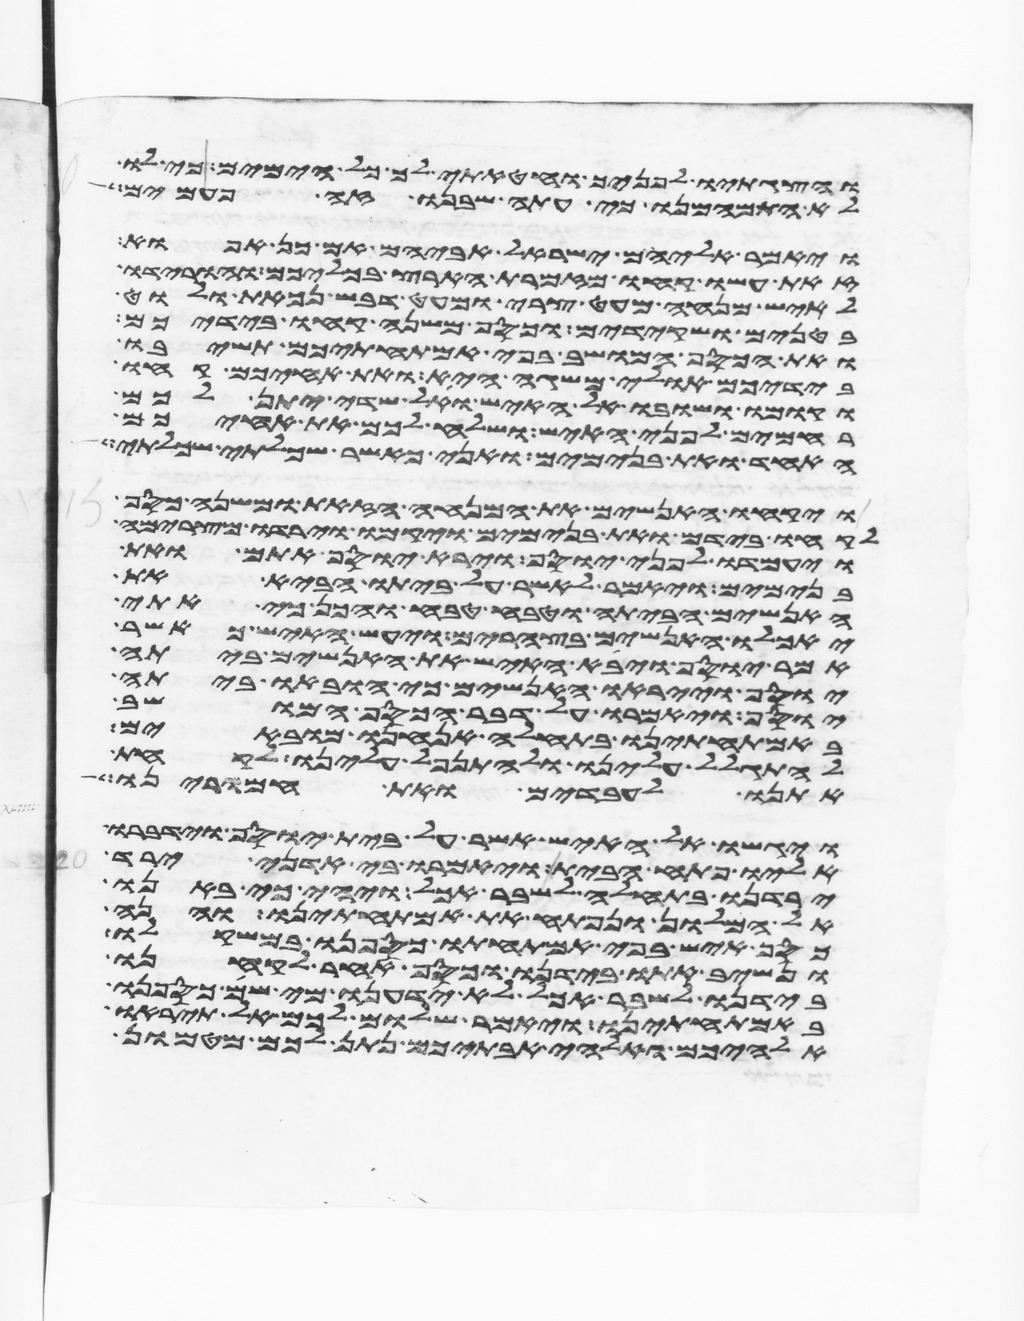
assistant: והצגתיו לפניך וחטאתי לך כל הימים כי לו
לא התמהמנו כי עתה שבנו זה פעמים
ויאמר אליהם ישראל אביהם אם כן אפוא
זאת עשו קחו מזמרת הארץ בכליכם והורידו
לאיש מנחה מעט צרי ומעט דבש נכאת ולוט
בטנים ושקידים וכסף משנה קחו בידכם
ואת הכסף המושב בפי אמתחתיכם תשיבו
בידיכם אולי משגה היא ואת אחיכם קחו
וקומו ושובו אל האיש ואל שדי יתן לכם
רחמים לפני האיש ושלח לכם את אחיכם
האחד ואת בנימים ואני כאשר שכלתי שכלתי
ויקחו האנשים את המנחה הזאת ומשנה כסף
לקחו בידם ואת בנימים ויקמו וירדו מצרימה
ויעמדו לפני יוסף וירא יוסף אתם ואת
בנימים ויאמר לאשר על ביתו הבא את
האנשים הביתה וטבח טבח והכן כי אתי
יאכלו האנשים בצהרים ויעש האיש כאשר
אמר יוסף ויבא האיש את האנשים ביתה
יוסף וייראו האנשים כי הובאו ביתה
יוסף ויאמרו על דבר הכסף המושב
באמתחתינו בתחלה אנחנו מובאים
להתגלל עלינו ולהתנפל עלינו לקחת
אתנו לעבדים ואת חמרינו
ויגשו אל האיש אשר על בית יוסף וידברו
אליו פתח הבית ויאמרו בי אדני ירד
ירדנו בתחלה לשבר אכל ויהי כי באנו
אל המלון ונפתח את אמתחתינו והנה
כסף איש בפי אמתחתו כספנו במשקלו
ונשיב אתו בידנו וכסף אחר לקחנו
בידנו לשבר אכל לא ידענו מי שם כספנו
באמתחתינו ויאמר שלום לכם אל תיראו
אלהיכם ואלהי אבתיכם נתן לכם מטמון